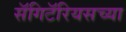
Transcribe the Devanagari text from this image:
सॅगिटॅरियसच्या